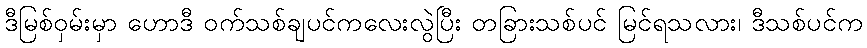
ဒီမြစ်ဝှမ်းမှာ ဟောဒီ ဝက်သစ်ချပင်ကလေးလွဲပြီး တခြားသစ်ပင် မြင်ရသလား၊ ဒီသစ်ပင်က